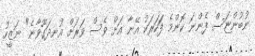
ނުބުންޏަސް ފެންނަ ކޮންމެ ފަަހަރަކު އޭނާ އަށް ވެސް ވަރަށް އުނދަގޫވާނެ" ނަޒީހު